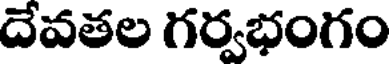
దేవతల గర్వభంగం